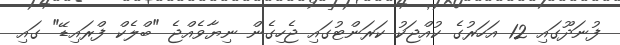
ފުނަދޫގައި 12 އަހަރުގެ ކުއްޖަކު ކަރަންޓުގައި ޖެހިގެން ނިޔާވެއްޖެ "ބްލެކް ފްރައިޑޭ" ގައި